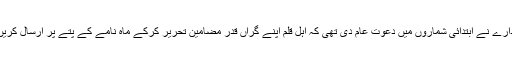
ادارے نے ابتدائی شماروں میں دعوتِ عام دی تھی کہ اہلِ قلم اپنے گراں قدر مضامین تحریر کرکے ماہ نامے کے پتے پر ارسال کریں۔